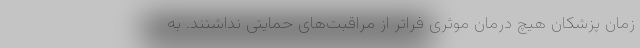
زمان پزشکان هیچ درمان موثری فراتر از مراقبت‌های حمایتی نداشتند. به